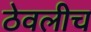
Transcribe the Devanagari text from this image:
ठेवलीच